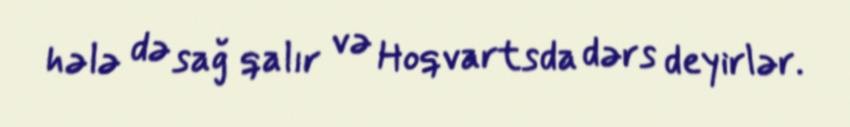
hələ də sağ qalır və Hoqvartsda dərs deyirlər.